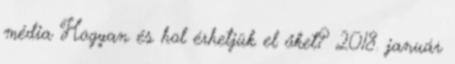
média Hogyan és hol érhetjük el őket? 2018. január